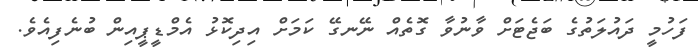
ފަހުމީ ދައުލަތުގެ ބަޖެޓަށް ވާނުވާ ގޮތެއް ނޭނގޭ ކަމަށް އިދިކޮޅު އެމްޑީޕީއިން ބުނެފިއެވެ.